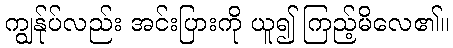
ကျွန်ုပ်လည်း အင်းပြားကို ယူ၍ ကြည့်မိလေ၏။